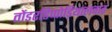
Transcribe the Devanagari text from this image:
तोंडरडिप्पोड़ियालवार